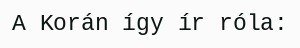
A Korán így ír róla: